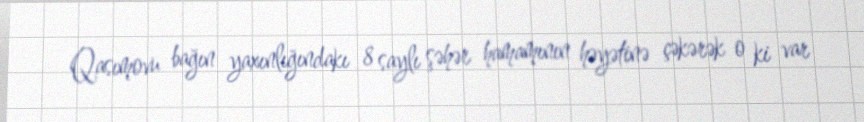
Qasımovu bağın yaxınlığındakı 8 saylı şəhər hamamının həyətinə çəkərək o ki var